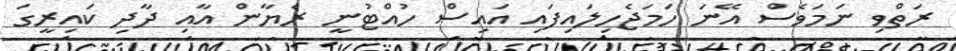
ރަތްވި ނަމަވެސް އޭނަ ހަމަޖެހިލައިފައި އައިސް ހުއްޓުނީ ރެޔާން އާއި ދާދި ކައިރީގަ